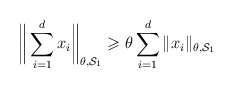
\begin{align*} \bigg\|\sum_{i=1}^d x_i\bigg\|_{\theta,\mathcal{S}_1} \geqslant \theta\sum_{i=1}^d\|x_i\|_{\theta,\mathcal{S}_1} \end{align*}